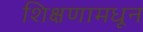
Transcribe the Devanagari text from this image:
शिक्षणामधून